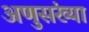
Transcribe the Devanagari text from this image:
अणुसंख्या